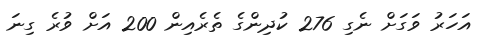
އަހަރު ވަގަށް ނެގި 276 ކުދިންގެ ތެރެއިން 200 އަށް ވުރެ ގިނަ